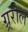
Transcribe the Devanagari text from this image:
ग्र्ररील